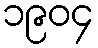
၁၉၀၄